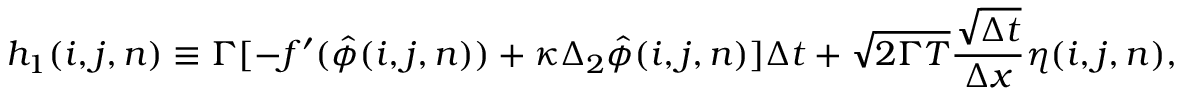
h _ { 1 } ( i , j , n ) \equiv \Gamma [ - f ^ { \prime } ( \hat { \phi } ( i , j , n ) ) + \kappa \Delta _ { 2 } \hat { \phi } ( i , j , n ) ] \Delta t + \sqrt { 2 \Gamma T } \frac { \sqrt { \Delta t } } { \Delta x } \eta ( i , j , n ) ,